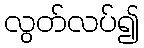
လွတ်လပ်၍